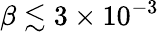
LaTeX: \beta\lesssim 3\times 10^{-3}